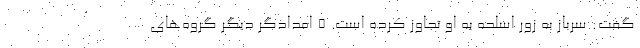
گفت: سرباز به زور اسلحه به او تجاوز کرده است. 5 امدادگر دیگر گروه‌های